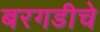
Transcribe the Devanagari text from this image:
बरगडीचे